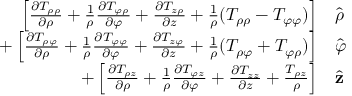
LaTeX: \begin{array} { r l } { \left[ { \frac { \partial T _ { \rho \rho } } { \partial \rho } } + { \frac { 1 } { \rho } } { \frac { \partial T _ { \varphi \rho } } { \partial \varphi } } + { \frac { \partial T _ { z \rho } } { \partial z } } + { \frac { 1 } { \rho } } ( T _ { \rho \rho } - T _ { \varphi \varphi } ) \right] } & { { } { \hat { \boldsymbol { \rho } } } } \\ { + \left[ { \frac { \partial T _ { \rho \varphi } } { \partial \rho } } + { \frac { 1 } { \rho } } { \frac { \partial T _ { \varphi \varphi } } { \partial \varphi } } + { \frac { \partial T _ { z \varphi } } { \partial z } } + { \frac { 1 } { \rho } } ( T _ { \rho \varphi } + T _ { \varphi \rho } ) \right] } & { { } { \hat { \boldsymbol { \varphi } } } } \\ { + \left[ { \frac { \partial T _ { \rho z } } { \partial \rho } } + { \frac { 1 } { \rho } } { \frac { \partial T _ { \varphi z } } { \partial \varphi } } + { \frac { \partial T _ { z z } } { \partial z } } + { \frac { T _ { \rho z } } { \rho } } \right] } & { { } { \hat { \mathbf { z } } } } \end{array}